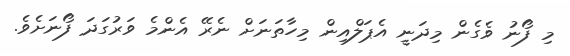
މި ފޯނު ވެގެން މިދަނީ އެޕަލްއިން މިހާތަނަށް ނެރޭ އެންމެ ވަރުގަދަ ފޯނަށެވެ.